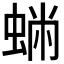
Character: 𧌽